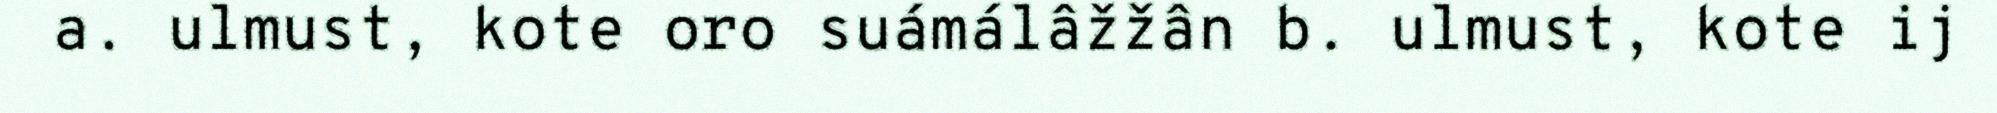
a. ulmust, kote oro suámálâžžân b. ulmust, kote ij